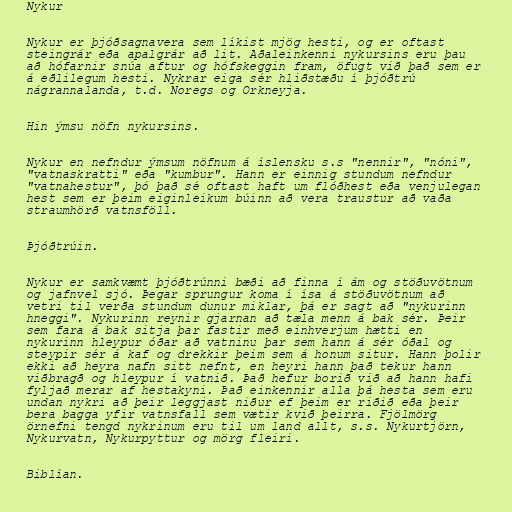
Nykur

Nykur er þjóðsagnavera sem líkist mjög hesti, og er oftast
steingrár eða apalgrár að lit. Aðaleinkenni nykursins eru þau
að hófarnir snúa aftur og hófskeggin fram, öfugt við það sem er
á eðlilegum hesti. Nykrar eiga sér hliðstæðu í þjóðtrú
nágrannalanda, t.d. Noregs og Orkneyja.

Hin ýmsu nöfn nykursins.

Nykur en nefndur ýmsum nöfnum á íslensku s.s "nennir", "nóni",
"vatnaskratti" eða "kumbur". Hann er einnig stundum nefndur
"vatnahestur", þó það sé oftast haft um flóðhest eða venjulegan
hest sem er þeim eiginleikum búinn að vera traustur að vaða
straumhörð vatnsföll.

Þjóðtrúin.

Nykur er samkvæmt þjóðtrúnni bæði að finna í ám og stöðuvötnum
og jafnvel sjó. Þegar sprungur koma í ísa á stöðuvötnum að
vetri til verða stundum dunur miklar, þá er sagt að "nykurinn
hneggi". Nykurinn reynir gjarnan að tæla menn á bak sér. Þeir
sem fara á bak sitja þar fastir með einhverjum hætti en
nykurinn hleypur óðar að vatninu þar sem hann á sér óðal og
steypir sér á kaf og drekkir þeim sem á honum situr. Hann þolir
ekki að heyra nafn sitt nefnt, en heyri hann það tekur hann
viðbragð og hleypur í vatnið. Það hefur borið við að hann hafi
fyljað merar af hestakyni. Það einkennir alla þá hesta sem eru
undan nykri að þeir leggjast niður ef þeim er riðið eða þeir
bera bagga yfir vatnsfall sem vætir kvið þeirra. Fjölmörg
örnefni tengd nykrinum eru til um land allt, s.s. Nykurtjörn,
Nykurvatn, Nykurpyttur og mörg fleiri.

Biblían.